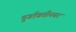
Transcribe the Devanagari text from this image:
दुर्गावतीनगर